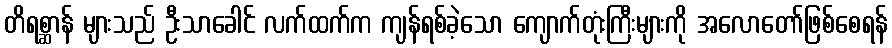
တိရစ္ဆာန် များသည် ဦးသာခေါင် လက်ထက်က ကျန်ရစ်ခဲ့သော ကျောက်တုံးကြီးများကို အလောတော်ဖြစ်စေရန်